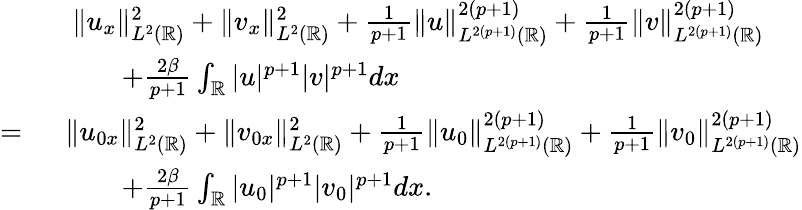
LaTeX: \begin{array}{rl}&{\ \| u_{x}\| _{L^{2}(\mathbb{R})}^{2}+\| v_{x}\| _{L^{2}(\mathbb{R})}^{2}+\frac{1}{p+1}\| u\| _{L^{2(p+1)}(\mathbb{R})}^{2(p+1)}+\frac{1}{p+1}\| v\| _{L^{2(p+1)}(\mathbb{R})}^{2(p+1)}}\\ &{\qquad+\frac{2\beta}{p+1}\int_{\mathbb{R}}|u|^{p+1}|v|^{p+1}dx}\\ {=\ }&{\| u_{0x}\| _{L^{2}(\mathbb{R})}^{2}+\| v_{0x}\| _{L^{2}(\mathbb{R})}^{2}+\frac{1}{p+1}\| u_{0}\| _{L^{2(p+1)}(\mathbb{R})}^{2(p+1)}+\frac{1}{p+1}\| v_{0}\| _{L^{2(p+1)}(\mathbb{R})}^{2(p+1)}}\\ &{\qquad+\frac{2\beta}{p+1}\int_{\mathbb{R}}|u_{0}|^{p+1}|v_{0}|^{p+1}dx.}\end{array}